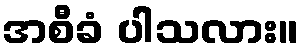
အစီခံ ပါသလား။